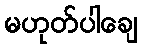
မဟုတ်ပါချေ